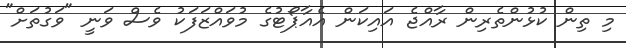
މި ތިން ކުޅުންތެރިން ރާއްޖެ އައިކަން އެއާޕޯޓުގެ މުވައްޒަފަކު ވެސް ވަނީ "ވަގުތަށް"